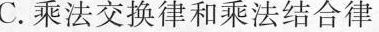
C.乘法交换律和乘法结合律